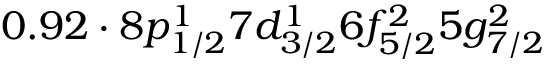
0 . 9 2 \cdot 8 p _ { 1 / 2 } ^ { 1 } 7 d _ { 3 / 2 } ^ { 1 } 6 f _ { 5 / 2 } ^ { 2 } 5 g _ { 7 / 2 } ^ { 2 }